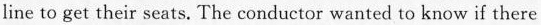
line to get their seats. The conductor wanted to know if there